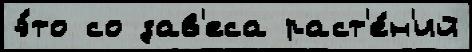
э́то со зав'еса раст'е́н'ий